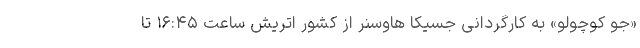
«جو کوچولو» به کارگردانی جسیکا هاوسنر از کشور اتریش ساعت ۱۶:۴۵ تا